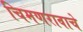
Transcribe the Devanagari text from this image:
चिमणरावाचे